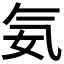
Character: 𣱘